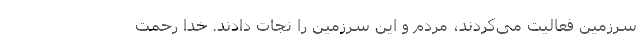
سرزمین فعالیت می‌کردند، مردم و این سرزمین را نجات دادند. خدا رحمت